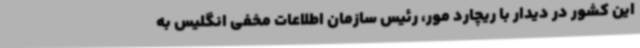
این کشور در دیدار با ریچارد مور، رئیس سازمان اطلاعات مخفی انگلیس به